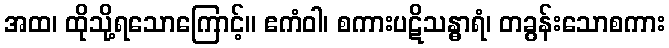
အထ၊ ထိုသို့ရသောကြောင့်။ ဧကံဝါ၊ စကားပဋိသန္ဓာရံ၊ တခွန်းသောစကား